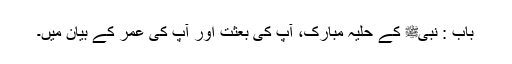
باب : نبیﷺ کے حلیہ مبارک، آپ کی بعثت اور آپ کی عمر کے بیان میں۔